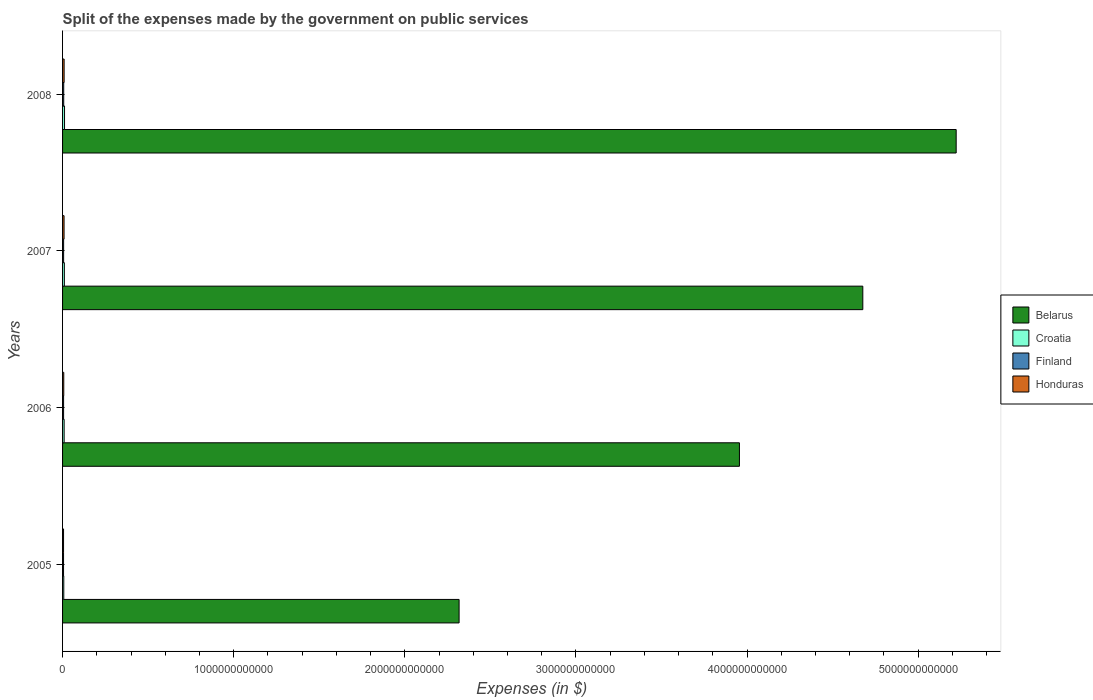
| Years | Belarus | Croatia | Finland | Honduras |
 | --- | --- | --- | --- | --- |
 | 2005 | 2.32e+12 | 7.1e+09 | 5.77e+09 | 5.77e+09 |
 | 2006 | 3.96e+12 | 9.19e+09 | 6.00e+09 | 7.04e+09 |
 | 2007 | 4.68e+12 | 1.05e+10 | 6.23e+09 | 8.74e+09 |
 | 2008 | 5.22e+12 | 1.15e+10 | 6.73e+09 | 9.08e+09 |